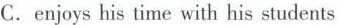
C. enjoys his time with his students